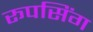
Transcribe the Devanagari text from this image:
रूपसिंग